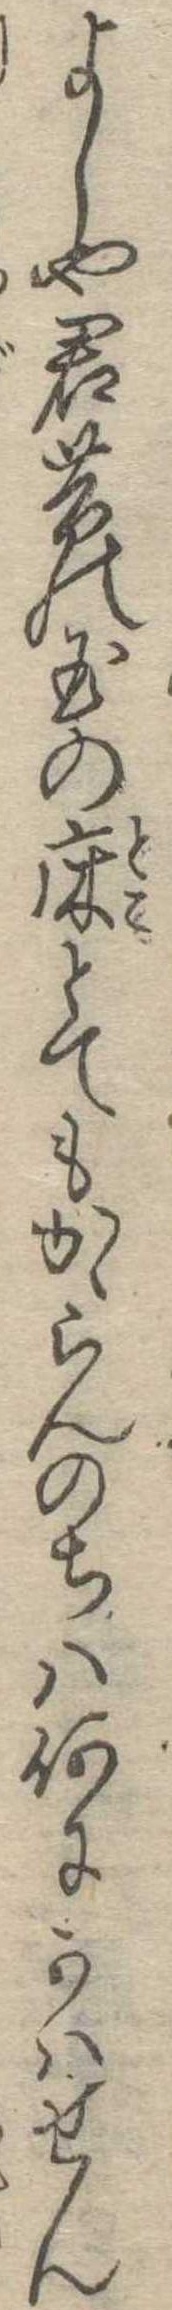
よしや君昔の玉の床とてもかゝらんのちは何にかはせん